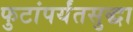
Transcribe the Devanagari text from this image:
फुटांपर्यंतसुद्धा